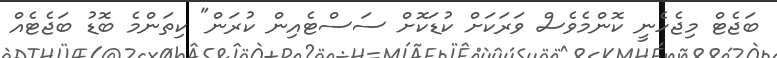
ބަޖެޓް މިޖެހެނީ ކޮންމެވެސް ވަރަކަށް ކުޑަކޮށް ސަސްޓެއިން ކުރަން" ކިތަންމެ ބޮޑު ބަޖެޓެއް